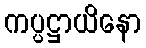
ကပ္ပဋ္ဌာယိနော